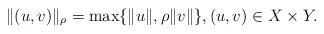
LaTeX: \begin{gather*}\|(u,v)\|_\rho=\max\{\|u\|,\rho\|v\|\},(u,v)\in X\times Y.\end{gather*}